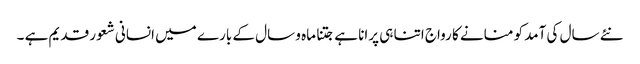
نئے سال کی آمد کو منانے کا رواج اتنا ہی پرانا ہے جتنا ماہ و سال کے بارے میں انسانی شعور قدیم ہے ۔